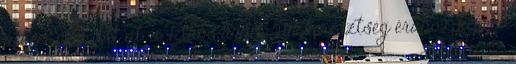
nekem nem jött át, a Titkos ünnep-Tűzkeresztség érához képest